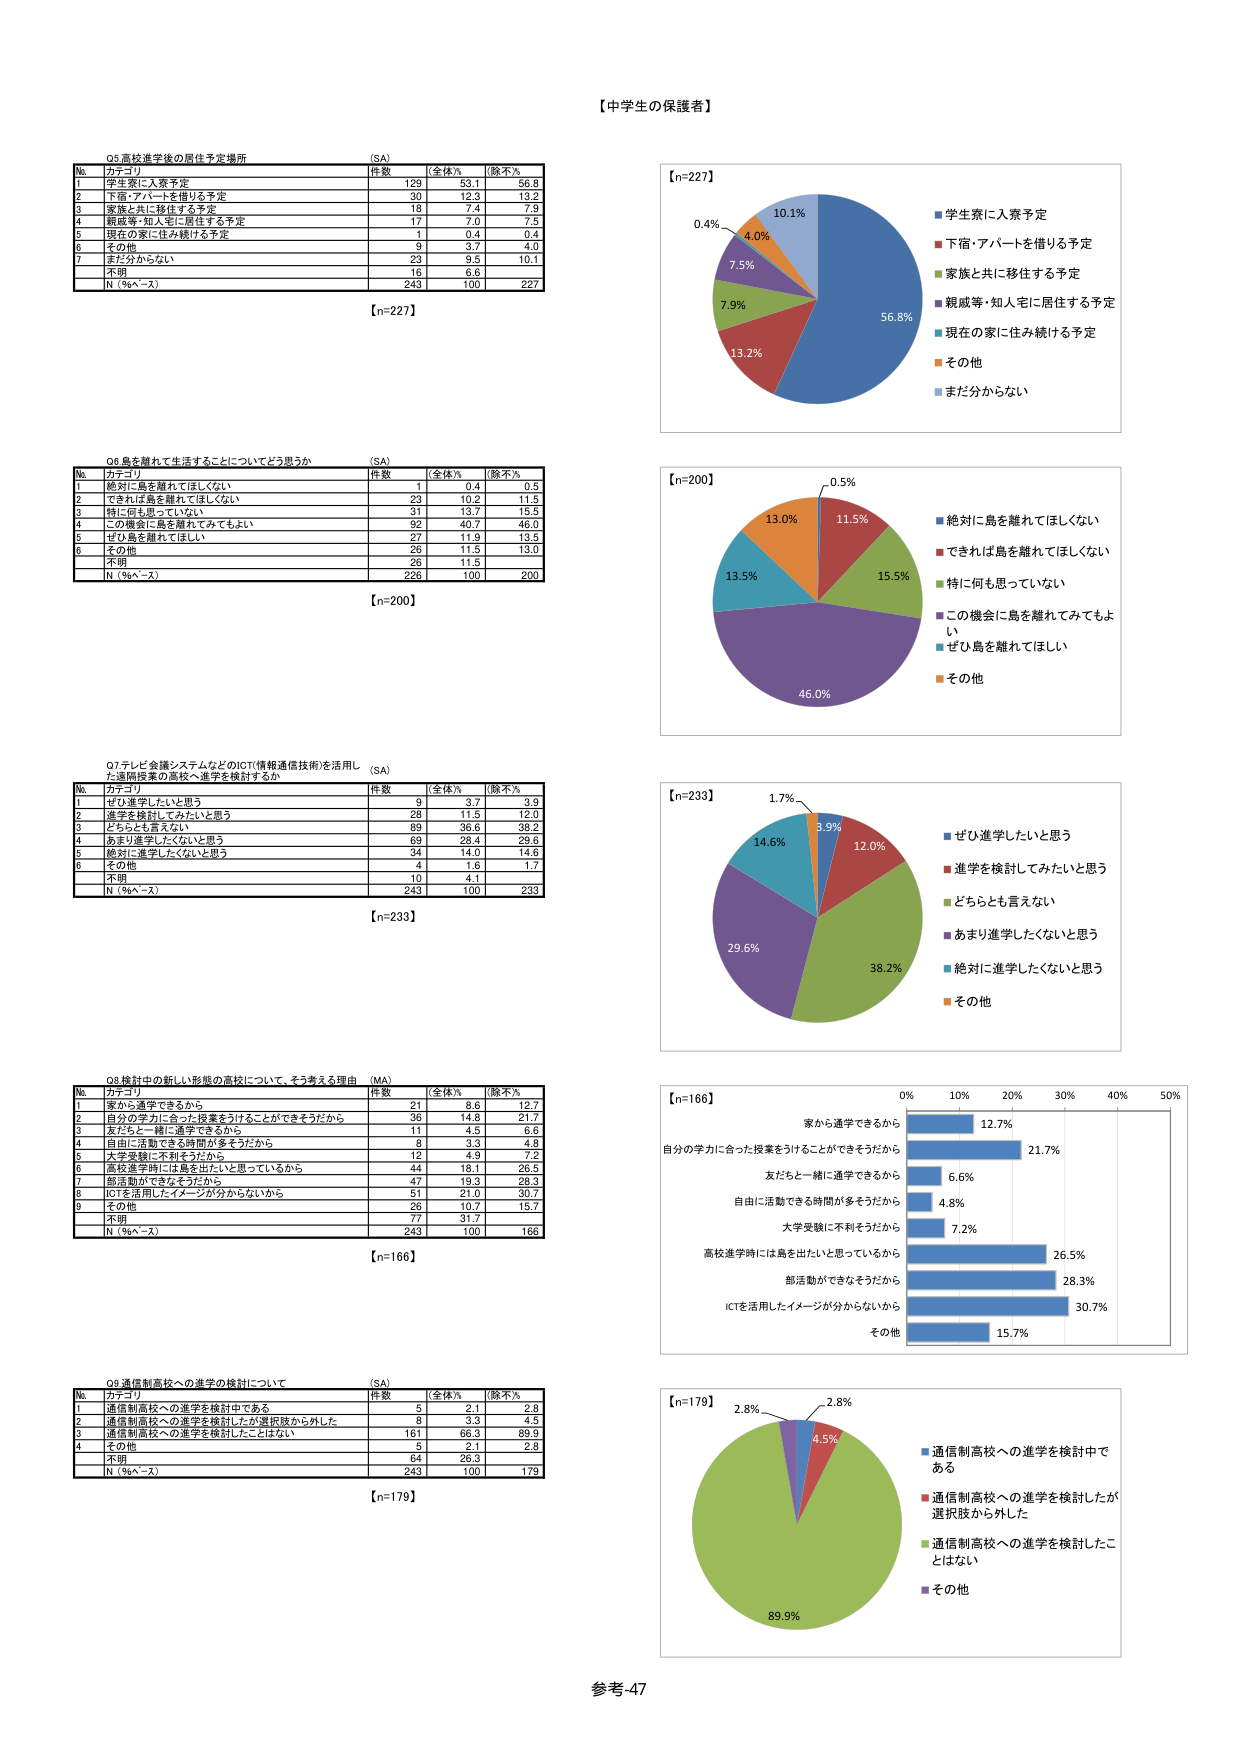
【中学生の保護者】

Q5 高校進学後の居住予定場所 (SA)
№ カテゴリ 件数 全体% 除不%
1 学生寮に入寮予定 129 53.1 56.8
2 下宿・アパートを借りる予定 30 12.3 13.2
3 家族と共に移住する予定 18 7.4 7.9
4 親戚等・知人宅に居住する予定 17 7.0 7.5
5 現在の家に住み続ける予定 1 0.4 0.4
6 その他 9 3.7 4.0
7 まだ分からない 23 9.5 10.1
不明 16 6.6
N（％ベース） 243 100 227
【n=227】

Q6 島を離れて生活することについてどう思うか (SA)
№ カテゴリ 件数 全体% 除不%
1 絶対に島を離れてほしくない 1 0.4 0.5
2 できれば島を離れてほしくない 23 10.2 11.5
3 特に何も思っていない 31 13.7 15.5
4 この機会に島を離れてみてもよい 92 40.7 46.0
5 ぜひ島を離れてほしい 27 11.9 13.5
6 その他 26 11.5 13.0
不明 26 11.5
N（％ベース） 226 100 200
【n=200】

Q7 テレビ会議システムなどのICT(情報通信技術)を活用した通信授業の高校へ進学を検討するか (SA)
№ カテゴリ 件数 全体% 除不%
1 ぜひ進学したいと思う 9 3.7 3.9
2 進学を検討してみたいと思う 28 11.5 12.0
3 どちらとも言えない 89 36.6 36.2
4 あまり進学したくないと思う 69 28.4 29.6
5 絶対に進学したくないと思う 34 14.0 14.6
6 その他 4 1.6 1.7
不明 10 4.1
N（％ベース） 243 100 233
【n=233】

Q8 検討中の新しい形態の高校について、そう考える理由 (MA)
№ カテゴリ 件数 全体% 除不%
1 家から通学できるから 21 8.6 12.7
2 自分の学力に合った授業を受けることができるから 36 14.8 21.7
3 友だちと一緒に通学できるから 11 4.5 6.6
4 自由に活動できる時間が多そうだから 8 3.3 4.8
5 大学受験に不利そうだから 12 4.9 7.2
6 高校進学時には島を出たいと思っているから 44 18.1 26.5
7 部活動ができなそうだから 47 19.3 28.3
8 ICTを活用したイメージが分からないから 51 21.0 30.7
9 その他 26 10.7 15.7
不明 77 31.7
N（％ベース） 243 100 166
【n=166】

Q9 通信制高校への進学の検討について (SA)
№ カテゴリ 件数 全体% 除不%
1 通信制高校への進学を検討中である 5 2.1 2.8
2 通信制高校への進学を検討したが選択肢から外した 8 3.3 4.5
3 通信制高校への進学を検討したことはない 161 66.3 89.9
4 その他 5 2.1 2.8
不明 64 26.3
N（％ベース） 243 100 179
【n=179】

【n=227】
■ 学生寮に入寮予定 56.8%
■ 下宿・アパートを借りる予定 13.2%
■ 家族と共に移住する予定 7.9%
■ 親戚等・知人宅に居住する予定 7.5%
■ 現在の家に住み続ける予定 0.4%
■ その他 4.0%
■ まだ分からない 10.1%

【n=200】
■ 絶対に島を離れてほしくない 0.5%
■ できれば島を離れてほしくない 11.5%
■ 特に何も思っていない 15.5%
■ この機会に島を離れてみてもよい 46.0%
■ ぜひ島を離れてほしい 13.5%
■ その他 13.0%

【n=233】
■ ぜひ進学したいと思う 3.9%
■ 進学を検討してみたいと思う 12.0%
■ どちらとも言えない 38.2%
■ あまり進学したくないと思う 29.6%
■ 絶対に進学したくないと思う 14.6%
■ その他 1.7%

【n=166】
0% 10% 20% 30% 40% 50%
家から通学できるから 12.7%
自分の学力に合った授業を受けることができるから 21.7%
友だちと一緒に通学できるから 6.6%
自由に活動できる時間が多そうだから 4.8%
大学受験に不利そうだから 7.2%
高校進学時には島を出たいと思っているから 26.5%
部活動ができなそうだから 28.3%
ICTを活用したイメージが分からないから 30.7%
その他 15.7%

【n=179】
■ 通信制高校への進学を検討中である 2.8%
■ 通信制高校への進学を検討したが選択肢から外した 4.5%
■ 通信制高校への進学を検討したことはない 89.9%
■ その他 2.8%

参考-47